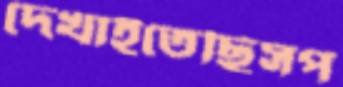
দেখাইতেছিসপ